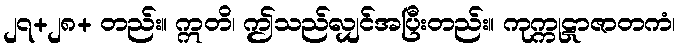
၂၇+၂၈+ တည်း။ ဣတိ၊ ဤသည်လျှင်အပြီးတည်း။ ကုက္ကုဋာဇာတကံ၊